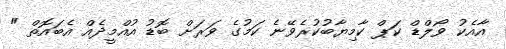
އާއެކު ވޯލްޑް ކަޕް ކާމިޔާބުކުރެވޭނެ ކަމުގެ ވަރަށް ބޮޑު އުއްމީދެއް އެބައޮތް "